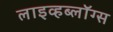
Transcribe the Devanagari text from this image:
लाइव्हब्लॉग्स